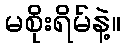
မစိုးရိမ်နဲ့။